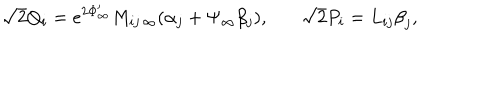
LaTeX: \sqrt { 2 } Q _ { i } = e ^ { 2 \Phi _ { \infty } ^ { \prime } } M _ { i j \, \infty } ( \alpha _ { j } + \Psi _ { \infty } \beta _ { j } ) , \ \ \ \sqrt { 2 } P _ { i } = L _ { i j } { \beta } _ { j } ,